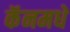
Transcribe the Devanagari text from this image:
कॅनमधे